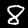
Digit: 8